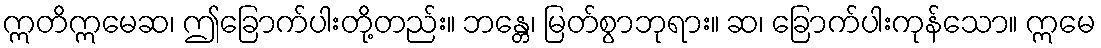
ဣတိဣမေဆ၊ ဤခြောက်ပါးတို့တည်း။ ဘန္တေ၊ မြတ်စွာဘုရား။ ဆ၊ ခြောက်ပါးကုန်သော။ ဣမေ